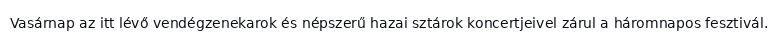
Vasárnap az itt lévő vendégzenekarok és népszerű hazai sztárok koncertjeivel zárul a háromnapos fesztivál.